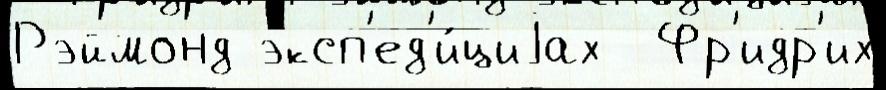
Рэймонд эксп'ед'и́циjах  Фр'идр'их